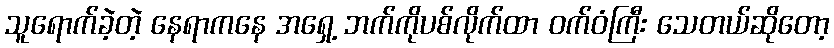
သူရောက်ခဲ့တဲ့ နေရာကနေ အရှေ့ ဘက်ကိုပစ်လိုက်ထာ ဝက်ဝံကြီး သေတယ်ဆိုတော့